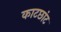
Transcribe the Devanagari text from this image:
काटछांट